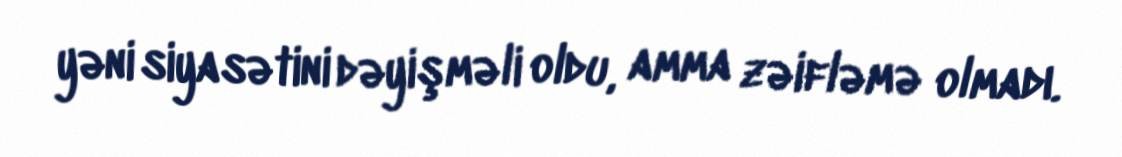
yəni siyasətini dəyişməli oldu, amma zəifləmə olmadı.